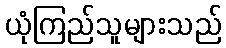
ယုံကြည်သူများသည်